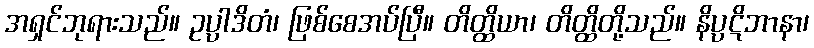
အရှင်ဘုရားသည်။ ဥပ္ပါဒိတံ၊ ဖြစ်စေအပ်ပြီ။ တိတ္ထိယာ၊ တိတ္ထိတို့သည်။ နိပ္ပဋိဘာနာ၊